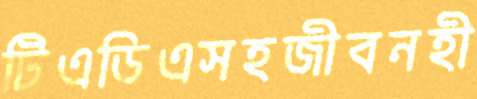
টিএডিএসহজীবনহী